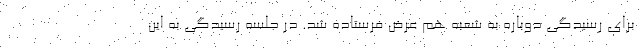
برای رسیدگی دوباره به شعبه هم عرض فرستاده شد. در جلسه رسیدگی به این